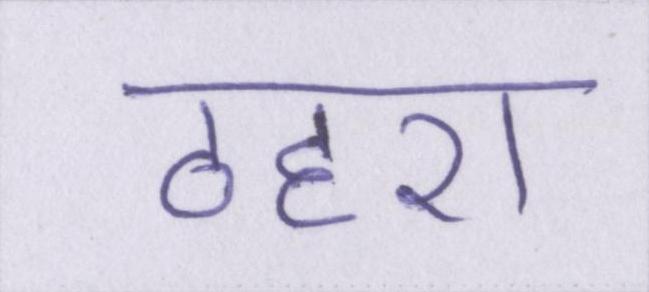
ठहरा